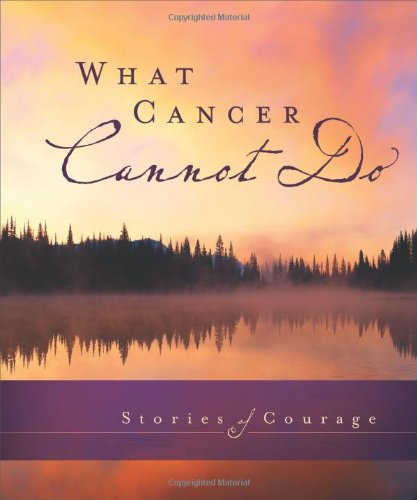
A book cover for What Cancer Cannot Do: Stories of Courage; Zondervan; Christian Books & Bibles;